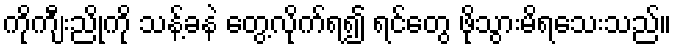
ကိုကျီးညိုကို သန့်ခနဲ တွေ့လိုက်ရ၍ ရင်တွေ ဖိုသွားမိရသေးသည်။